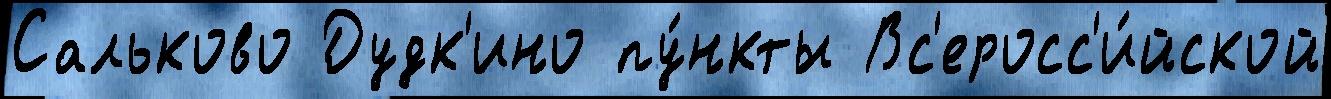
Сальково Дудк'ино пу́нкты Вс'еросс'и́йской